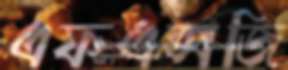
এফএক্সজি